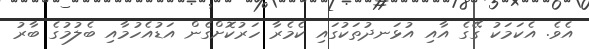
އެވެ. އެކަމަކު ގޭގެ އާއި އުޅަނދުތަކުގައި ކެމެރާ ހަރުކޮށްގެން އަޑުއެހުމާއި ބެލުމުގެ ބާރު